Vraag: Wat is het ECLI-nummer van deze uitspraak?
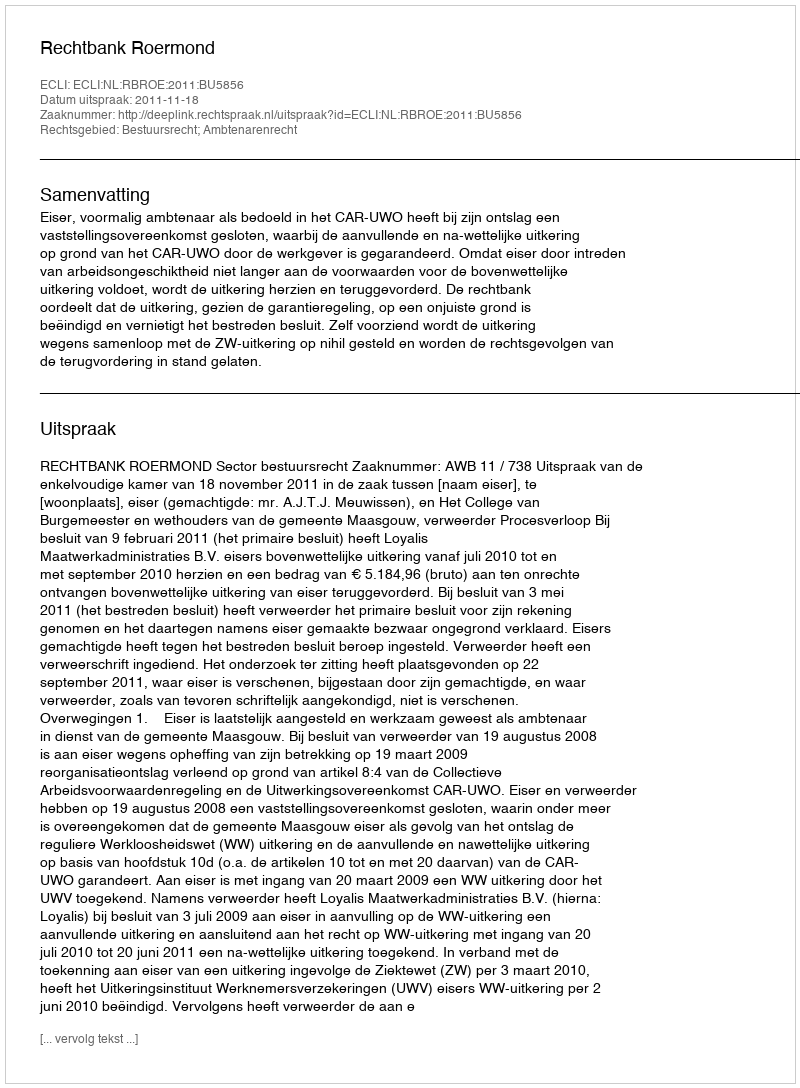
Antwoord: ECLI:NL:RBROE:2011:BU5856